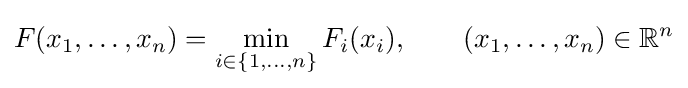
F(x_{1},\ldots ,x_{n})=\min _{i\in \{1,\ldots ,n\}}F_{i}(x_{i}),\qquad (x_{1},\ldots ,x_{n})\in {\mathbb {R} }^{n}